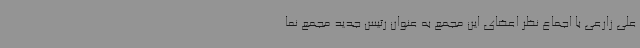
علی زارعی با اجماع نظر اعضای این مجمع به عنوان رئیس جدید مجمع نما